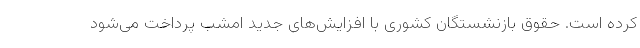
کرده است. حقوق بازنشستگان کشوری با افزایش‌های جدید امشب پرداخت می‌شود